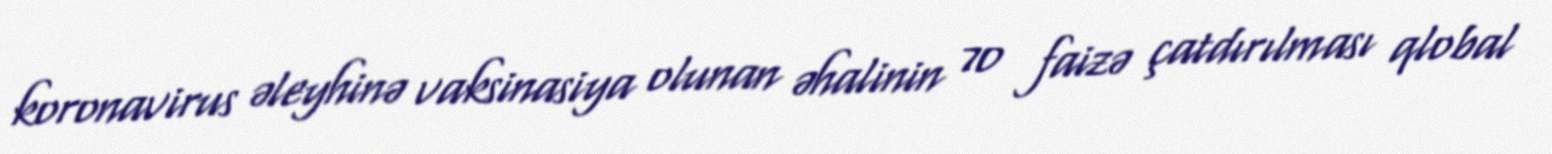
koronavirus əleyhinə vaksinasiya olunan əhalinin 70 faizə çatdırılması qlobal